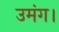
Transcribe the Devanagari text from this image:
उमंग।